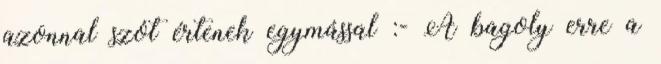
azonnal szót értenek egymással :- A bagoly erre a